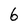
Character: 6